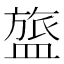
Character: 𬐰